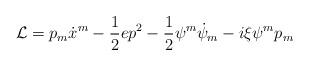
LaTeX: \begin{align*} {\cal{L}}=p_m\dot{x}^m-\frac 12 ep^2-\frac 12 \psi^m\dot{\psi}_m-i\xi{\psi^m}p_m\end{align*}